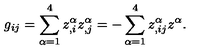
g _ { i j } = \sum _ { \alpha = 1 } ^ { 4 } { } z _ { , i } ^ { \alpha } z _ { , j } ^ { \alpha } = - \sum _ { \alpha = 1 } ^ { 4 } { } z _ { , i j } ^ { \alpha } z ^ { \alpha } .